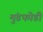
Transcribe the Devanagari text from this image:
मुंडफोडी